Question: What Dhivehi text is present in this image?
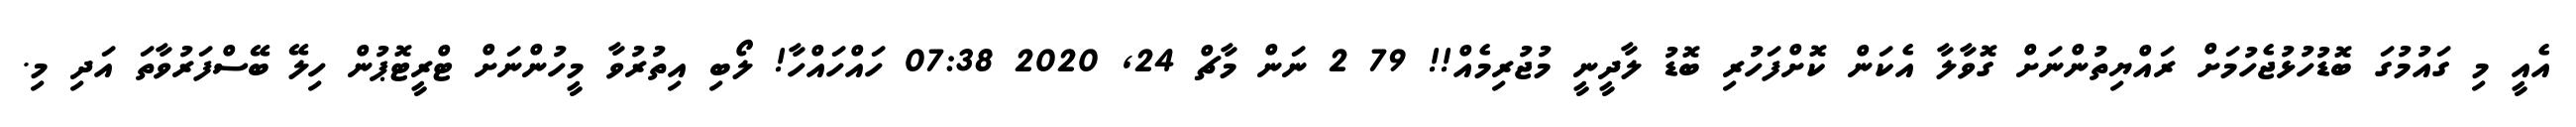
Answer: އެއީ މި ގައުމުގަ ބޮޑުހުޅުޖެހުމަށް ރައްޔިތުންނަށް ގޮވާލާ އެކަން ކޮށްފަހުރި ބޮޑު ލާދީނީ މުޖުރިމެއް!! 79 2 ނަން މާޗް 24, 2020 07:38 ހައްހައްހާ! ލޯބި އިތުރުވާ މީހުންނަށް ޓްރީޓޮޕުން ހިލޭ ބޭސްފަރުވާތަ އަދި މި.